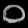
Digit: ၀